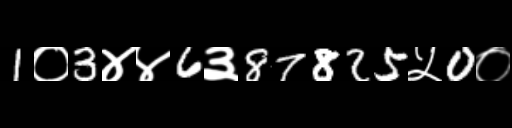
Text: 1०3४४6३87825५0०